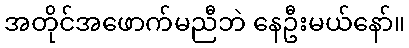
အတိုင်အဖောက်မညီဘဲ နေဦးမယ်နော်။